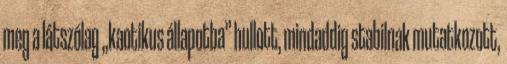
meg a látszólag „kaotikus állapotba” hullott, mindaddig stabilnak mutatkozott,